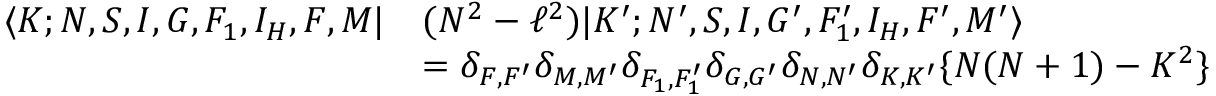
\begin{array} { r l } { \langle K ; N , S , I , G , F _ { 1 } , I _ { H } , F , M | } & { ( N ^ { 2 } - \ell ^ { 2 } ) | K ^ { \prime } ; N ^ { \prime } , S , I , G ^ { \prime } , F _ { 1 } ^ { \prime } , I _ { H } , F ^ { \prime } , M ^ { \prime } \rangle } \\ & { = \delta _ { F , F ^ { \prime } } \delta _ { M , M ^ { \prime } } \delta _ { F _ { 1 } , F _ { 1 } ^ { \prime } } \delta _ { G , G ^ { \prime } } \delta _ { N , N ^ { \prime } } \delta _ { K , K ^ { \prime } } \lbrace N ( N + 1 ) - K ^ { 2 } \rbrace } \end{array}